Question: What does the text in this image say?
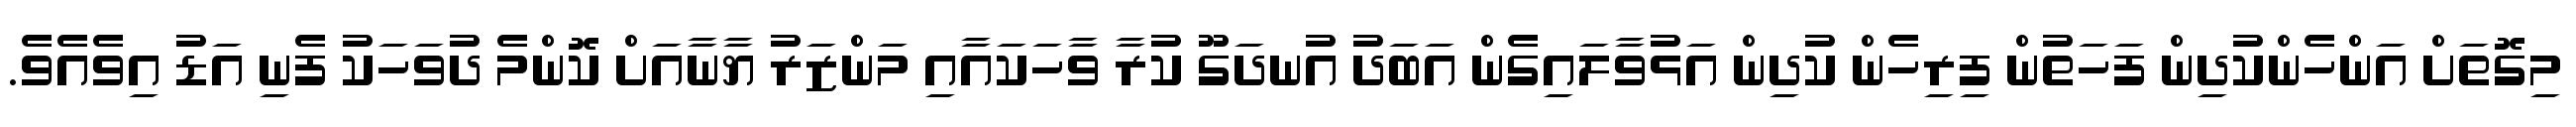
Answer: މިގޮތަށް އަންހެންކުދިން ފަހަތުން ފިރިހެން ކުދިން އަޅުވާލައިގެން އަބަދު އުނދަގޫ ކުރާ ވާހަކައާއި މަންޒަރު ޔާނާއަށް ކޮންމެ ދުވަހަކު ފެނި އަޑު އިވެއެވެ.